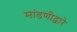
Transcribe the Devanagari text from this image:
मांडणीद्वारे